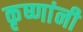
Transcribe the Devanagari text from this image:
कृष्णांनी